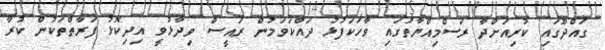
ގައްދޫގައި ކުރިއަށްދާ ރަސްމިއްޔާތުގައި ވާހަކަފުޅު ދައްކަވަމުން ރައީސް ވިދާޅުވީ އިދިކޮޅު ފަރާތްތަކުން ކުރާ